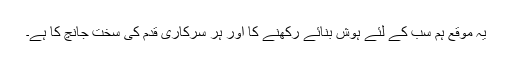
یہ موقع ہم سب کے لئے ہوش بنائے رکھنے کا اور ہر سرکاری قدم کی سخت جانچ کا ہے۔